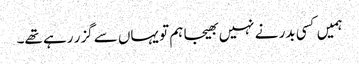
ہمیں کسی بدر نے نہیں بھیجا ہم تو یہاں سے گزر رہے تھے۔